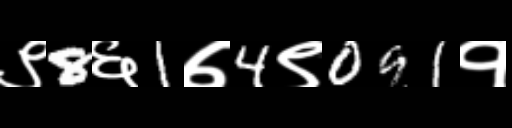
Text: ९8६1७4९091१